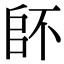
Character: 𠂾